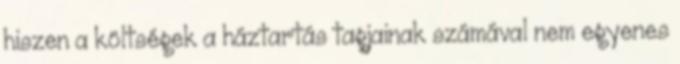
hiszen a költségek a háztartás tagjainak számával nem egyenes